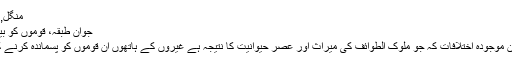
منگل, اکتوبر 07, 2014 06:41
جوان طبقہ، قوموں کو بیدار کرے گا: امام خمینی(رہ)
اسلامی حکمرانوں کے درمیان موجودہ اختلافات کہ جو ملوک الطوائف کی میراث اور عصر حیوانیت کا نتیجہ ہے غیروں کے ہاتهوں ان قوموں کو پسماندہ کرنے کے لیے ایجاد کیے گئے ہیں۔